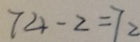
7 4 - 2 = 7 2